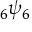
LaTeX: \; _ { 6 } \psi _ { 6 }